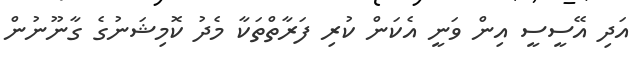
އަދި އޭސީސީ އިން ވަނީ އެކަން ކުރި ފަރާތްތަކާ މެދު ކޮމިޝަނުގެ ގާނޫނުން